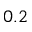
0 . 2